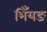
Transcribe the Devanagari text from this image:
भिँयङ